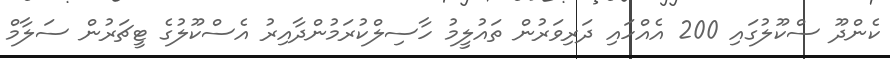
ކެންދޫ ސްކޫލުގައި 200 އެއްހައި ދަރިވަރުން ތައުލީމު ހާސިލްކުރަމުންދާއިރު އެސްކޫލުގެ ޓީޗަރުން ސަލާމް